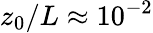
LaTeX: z_{0}/L\approx 10^{-2}